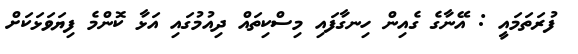
ފުރަތަމައީ : އޭނާގެ ގެއިން ހިނގާފައި މިސްކިތައް ދިއުމުގައި އަޅާ ކޮންމެ ފިޔަވަޅަކަށް